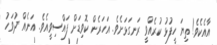
އާއެކެވެ! ތިޔަ ހީފުޅު ކުރެއްވީ ރަނގަޅަށެވެ. އަހަރެން ކޮވިޑަށް ފައްސިވީއެވެ. އަނެއް ދުވަހު